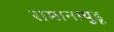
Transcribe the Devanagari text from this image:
रामानायुडू